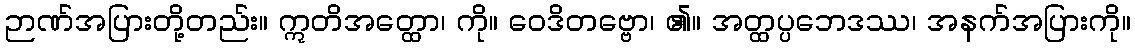
ဉာဏ်အပြားတို့တည်း။ ဣတိအတ္ထော၊ ကို။ ဝေဒိတဗ္ဗော၊ ၏။ အတ္ထပ္ပဘေဒဿ၊ အနက်အပြားကို။